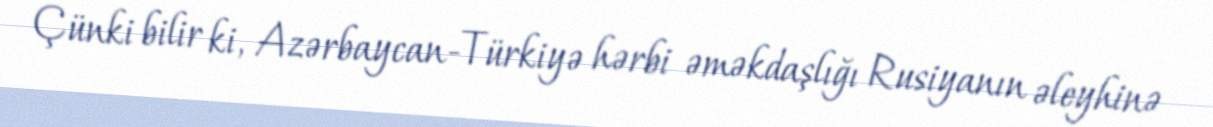
Çünki bilir ki, Azərbaycan-Türkiyə hərbi əməkdaşlığı Rusiyanın əleyhinə